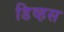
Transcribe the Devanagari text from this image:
डिव्हस